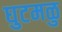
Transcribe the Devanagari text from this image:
घुटमळु